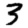
Digit: 3